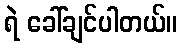
ရဲ ခေါ်ချင်ပါတယ်။